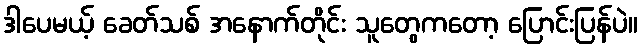
ဒါပေမယ့် ခေတ်သစ် အနောက်တိုင်း သူတွေကတော့ ပြောင်းပြန်ပဲ။